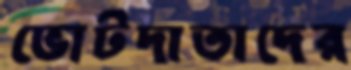
ভোটদাতাদের